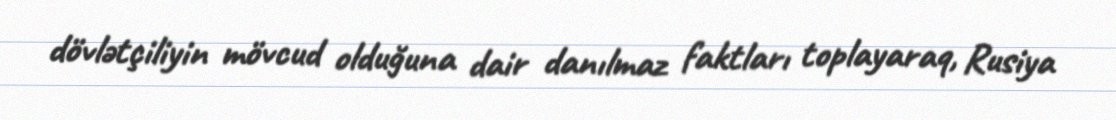
dövlətçiliyin mövcud olduğuna dair danılmaz faktları toplayaraq, Rusiya